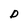
Character: D